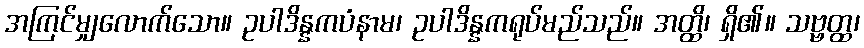
အကြင်မျှလောက်သော။ ဥပါဒိန္နကပံနာမ၊ ဥပါဒိန္နကရုပ်မည်သည်။ အတ္ထိ၊ ရှိ၏။ သဗ္ဗတ္ထ၊